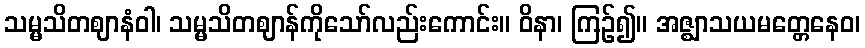
သမ္မသိတဈာနံဝါ၊ သမ္မသိတဈာန်ကိုသော်လည်းကောင်း။ ဝိနာ၊ ကြဉ်၍။ အဇ္ဈာသယမတ္တေနေဝ၊